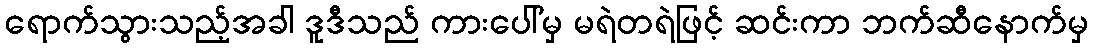
ရောက်သွားသည့်အခါ ဒူဒီသည် ကားပေါ်မှ မရဲတရဲဖြင့် ဆင်းကာ ဘက်ဆီနောက်မှ